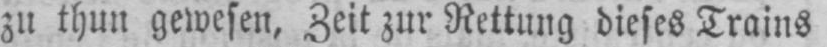
zu thun gewesen, Zeit zur Rettung dieses Trains